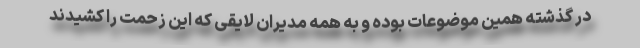
در گذشته همین موضوعات بوده و به همه مدیران لایقی که این زحمت را کشیدند